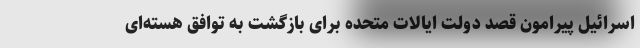
اسرائیل پیرامون قصد دولت ایالات متحده برای بازگشت به توافق هسته‌ای